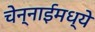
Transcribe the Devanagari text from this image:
चेन्नाईमध्ये